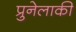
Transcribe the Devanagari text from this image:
प्रुनेलाकी